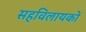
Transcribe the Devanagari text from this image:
सहविलायकों